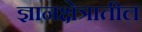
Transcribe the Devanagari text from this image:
ज्ञानक्षेत्रातील